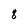
Character: 8